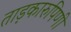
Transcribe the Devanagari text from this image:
ताड़कारुपिणी